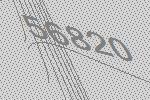
56820